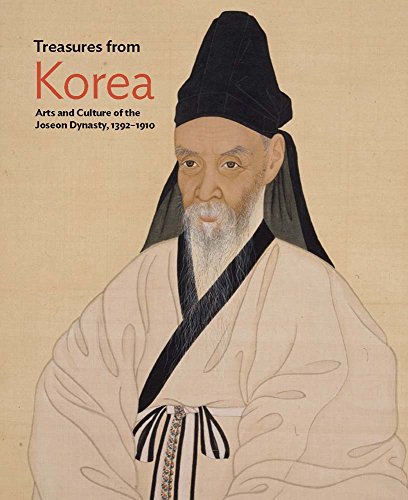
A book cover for Treasures from Korea: Arts and Culture of the Joseon Dynasty, 1392EE1910 (Philadelphia Museum of Art); History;